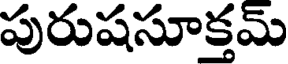
పురుషసూక్తమ్